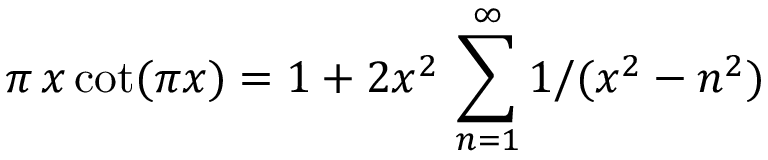
\pi \, x \cot ( \pi x ) = 1 + 2 x ^ { 2 } \, \sum _ { n = 1 } ^ { \infty } 1 / ( x ^ { 2 } - n ^ { 2 } )